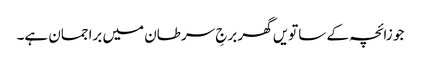
جو زائچہ کے ساتویں گھر برجِ سرطان میں براجمان ہے۔